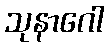
သုနာဂေါ